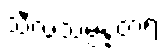
သီလသမ္ပန္နတရံ